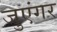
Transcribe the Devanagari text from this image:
जुएंगर